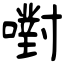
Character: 嚉